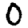
Digit: 0